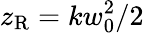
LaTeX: z_{\mathrm{R}}=kw_{0}^{2}/2